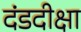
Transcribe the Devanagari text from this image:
दंडदीक्षा